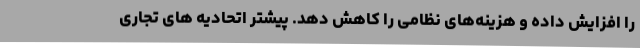
را افزایش داده و هزینه‌های نظامی را کاهش دهد. پیشتر اتحادیه های تجاری